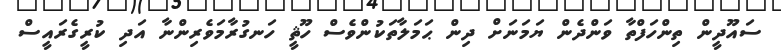
ސައޫދީން ތިންހަފްތާ ވަންދެން ޔަމަނަށް ދިން ޙަމަލާތަކުންވެސް ހޫޘީ ހަނގުރާމަވެރިންނާ އަދި ކުރީގެރައީސް